Annual report of the Imperial Bacteriologist
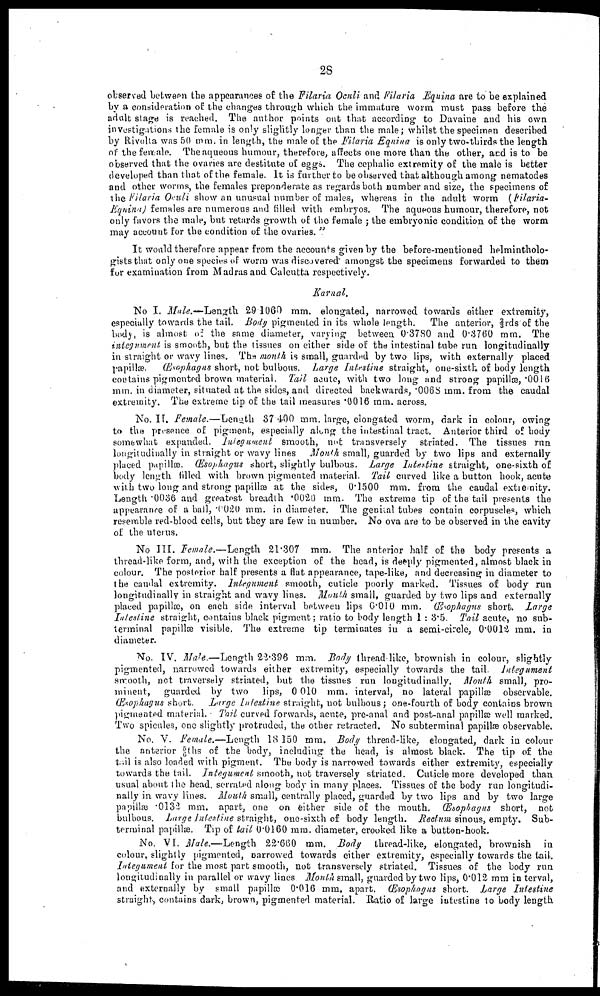
28
observed between the appearances of the Filaria Oculi and Filaria Equina are to be explained
by a consideration of the changes through which the immature worm must pass before the
adult stage is reached. The author points out that according to Davaine and his own
investigations the female is only slightly longer than the male; whilst the specimen described
by Rivolta was 50 mm. in length, the male of the Filaria Equina is only two-thirds the length
of the female. The aqueous humour, therefore, affects one more than the other, and is to be
observed that the ovaries are destitute of eggs. The cephalic extremity of the male is better
developed than that of the female. It is further to be observed that although among nematodes
and other worms, the females preponderate as regards both number and size, the specimens of
the Filaria Oculi show an unusual number of males, whereas in the adult worm (Filaria-
Equina) females are numerous and filled with embryos. The aqueous humour, therefore, not
only favors the male, but retards growth of the female ; the embryonic condition of the worm
may account for the condition of the ovaries. "
It would therefore appear from the accounts given by the before-mentioned helmintholo-
gists that only one species of worm was discovered' amongst the specimens forwarded to them
for examination from Madras and Calcutta respectively.
Karnal.
No I. Male.—Length 29.1060 mm. elongated, narrowed towards either extremity,
especially towards the tail. Body pigmented in its whole length. The anterior, 2/3 rds of the
body, is almost of the same diameter, varying between 0.3780 and 0.3760 mm. The
integument is smooth, but the tissues on either side of the intestinal tube run longitudinally
in straight or wavy lines. The mouth is small, guarded by two lips, with externally placed
papillæ. Œsophagus short, not bulbous. Large Intestine straight, one-sixth of body length
contains pigmented brown material. Tail acute, with two long and strong papillæ, .0016
mm. in diameter, situated at the sides, and directed backwards, .0068 mm. from the caudal
extremity. The extreme tip of the tail measures .0016 mm. across.
No. II. Female.—Length 37.400 mm. large, elongated worm, dark in colour, owing
to the presence of pigment, especially along the intestinal tract. Anterior third of body
somewhat expanded. Integument smooth, not transversely striated. The tissues run
longitudinally in straight or wavy lines Mouth small, guarded by two lips and externally
placed papillæ. Œsophagus short, slightly bulbous. Large Intestine straight, one-sixth of
body length filled with brown pigmented material. Tail curved like a button hook, acute
with two long and strong papillæ at the sides, 0.1500 mm. from the caudal extiemity.
Length .0036 and greatest breadth .0020mm. The extreme tip of the tail presents the
appearance of a ball, .0020 mm. in diameter. The geniual tubes contain corpuscles, which
resemble red-blood cells, but they are few in number. No ova are to be observed in the cavity
of the uterus.
No III. Female.—Length 21.307 mm. The anterior half of the body presents a
thread-like form, and, with the exception of the head, is deeply pigmented, almost black in
colour. The posterior half presents a flat appearance, tape-like, and decreasing in diameter to
the caudal extremity. Integument smooth, cuticle poorly marked. Tissues of body run
longitudinally in straight and wavy lines. Mouth small, guarded by two lips and externally
placed papillæ, on each side interval between lips 0.010 mm. Œsophagus short. Large
Intestine straight, contains black pigment; ratio to body length 1 : 3.5 Tail acute, no sub-
terminal papillæ visible. The extreme tip terminates in a semi-circle, 0.0012 mm. in
diameter.
No. IV. Male.—Length 22.396 mm. Body thread like, brownish in colour, slightly
pigmented, narrowed towards either extremity, especially towards the tail. Integument
smooth, not traversely striated, but the tissues run longitudinally. Mouth small, pro-
minent, guarded by two lips, 0 010 mm. interval, no lateral papillæ observable.
Œsophagus short. Large Intestine straight, not bulbous; one-fourth of body contains brown
pigmented material. Tail curved forwards, acute, pre-anal and post-anal papillæ well marked.
Two spicules, one slightly protruded, the other retracted. No subterminal papillæ observable.
No. V. Female.—Length 18 150 mm. Body thread-like, elongated, dark in colour
the anterior 5/6 ths of the body, including the head, is almost black. The tip of the
tail is also loaded with pigment. The body is narrowed towards either extremity, especially
towards the tail. Integument smooth, not traversely striated. Cuticle more developed than
usual about the head, serrated along body in many places. Tissues of the body run longitudi-
nally in wavy lines. Mouth small, centrally placed, guarded by two lips and by two large
papillæ.0132 mm. apart, one on either side of the mouth. Œsophagus short, not
bulbous. Large Intestine straight, one-sixth of body length. Rectum sinous, empty. Sub-
terminal papillæ. Tip of tail 0.0160 mm. diameter, crooked like a button-hook.
No. VI. Male.—Length 22.660 mm. Body thread-like, elongated, brownish in
colour, slightly pigmented, narrowed towards either extremity, especially towards the tail.
Integument for the most part smooth, not transversely striated. Tissues of the body run
longitudinally in parallel or wavy lines. Mouth small, guarded by two lips, 0.012 mm in terval,
and externally by small papillæ 0.016 mm. apart. Œsophagus short. Large Intestine
straight, contains dark, brown, pigmented material. Ratio of large intestine to body length